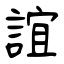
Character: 誼